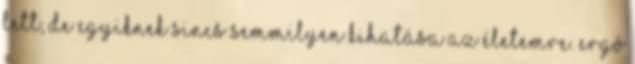
lett, de egyiknek sincs semmilyen kihatása az életemre. Ergó